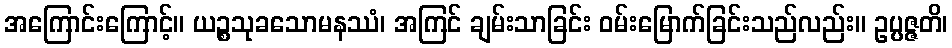
အကြောင်းကြောင့်။ ယဉ္စသုခသောမနဿံ၊ အကြင် ချမ်းသာခြင်း ဝမ်းမြောက်ခြင်းသည်လည်း။ ဥပ္ပဇ္ဇတိ၊